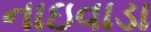
નાઇવાડા